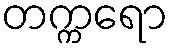
တက္ကရော